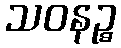
သဝနဉ္စ